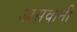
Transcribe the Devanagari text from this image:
असवानी